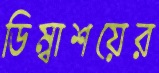
ডিম্বাশয়ের